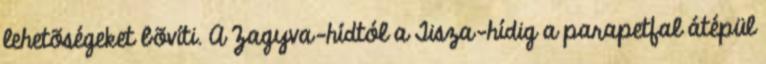
lehetõségeket bõvíti. A Zagyva-hídtól a Tisza-hídig a parapetfal átépül